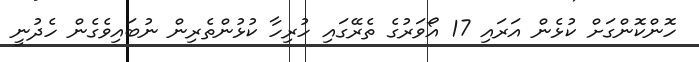
ހޮންކޮންގަށް ކުޅެން އަރައި 17 އޯވަރުގެ ތެރޭގައި ހުރިހާ ކުޅުންތެރިން ނުބައިވެގެން ހެދުނީ